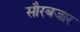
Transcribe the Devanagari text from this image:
सौरबजार